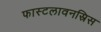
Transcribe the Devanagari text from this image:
फास्टलावनस्रिस